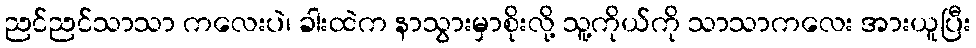
ညင်ညင်သာသာ ကလေးပဲ၊ ခါးထဲက နာသွားမှာစိုးလို့ သူ့ကိုယ်ကို သာသာကလေး အားယူပြီး